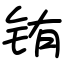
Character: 铕